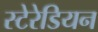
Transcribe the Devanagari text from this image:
स्टेरेडियन